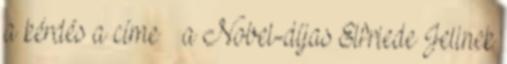
a kérdés a címe – a Nobel-díjas Elfriede Jelinek